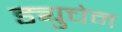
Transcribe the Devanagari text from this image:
ड्युचेन